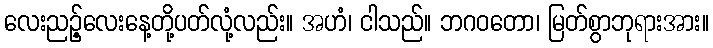
လေးညဉ့်လေးနေ့တို့ပတ်လုံ့လည်း။ အဟံ၊ ငါသည်။ ဘဂဝတော၊ မြတ်စွာဘုရားအား။